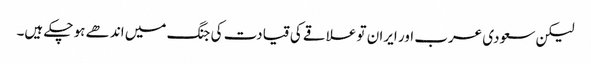
لیکن سعودی عرب اور ایران تو علاقے کی قیادت کی جنگ میں اندھے ہو چکے ہیں۔